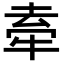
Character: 𭷣